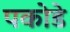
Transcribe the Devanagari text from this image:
पकोडे